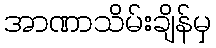
အာဏာသိမ်းချိန်မှ